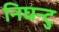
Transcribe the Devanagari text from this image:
निघन्टु